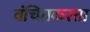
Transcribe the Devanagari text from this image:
वंचितकरता